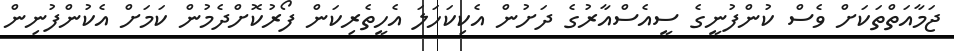
ޖަމާއަތްތަކަށް ވެސް ކުންފުނީގެ ސީއެސްއާރުގެ ދަށުން އެކިކަހަލަ އެހީތެރިކަން ފޯރުކޮށްދެމުން ކަމަށް އެކުންފުނިން